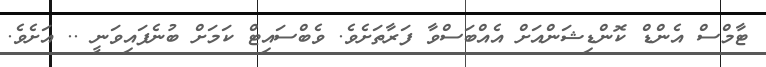
ޓާމްސް އެންޑް ކޮންޑިޝަންއަށް އެއްބަސްވާ ފަރާތަށެވެ. ވެބްސައިޓް ކަމަށް ބުނެފައިވަނީ .. އަށެވެ.